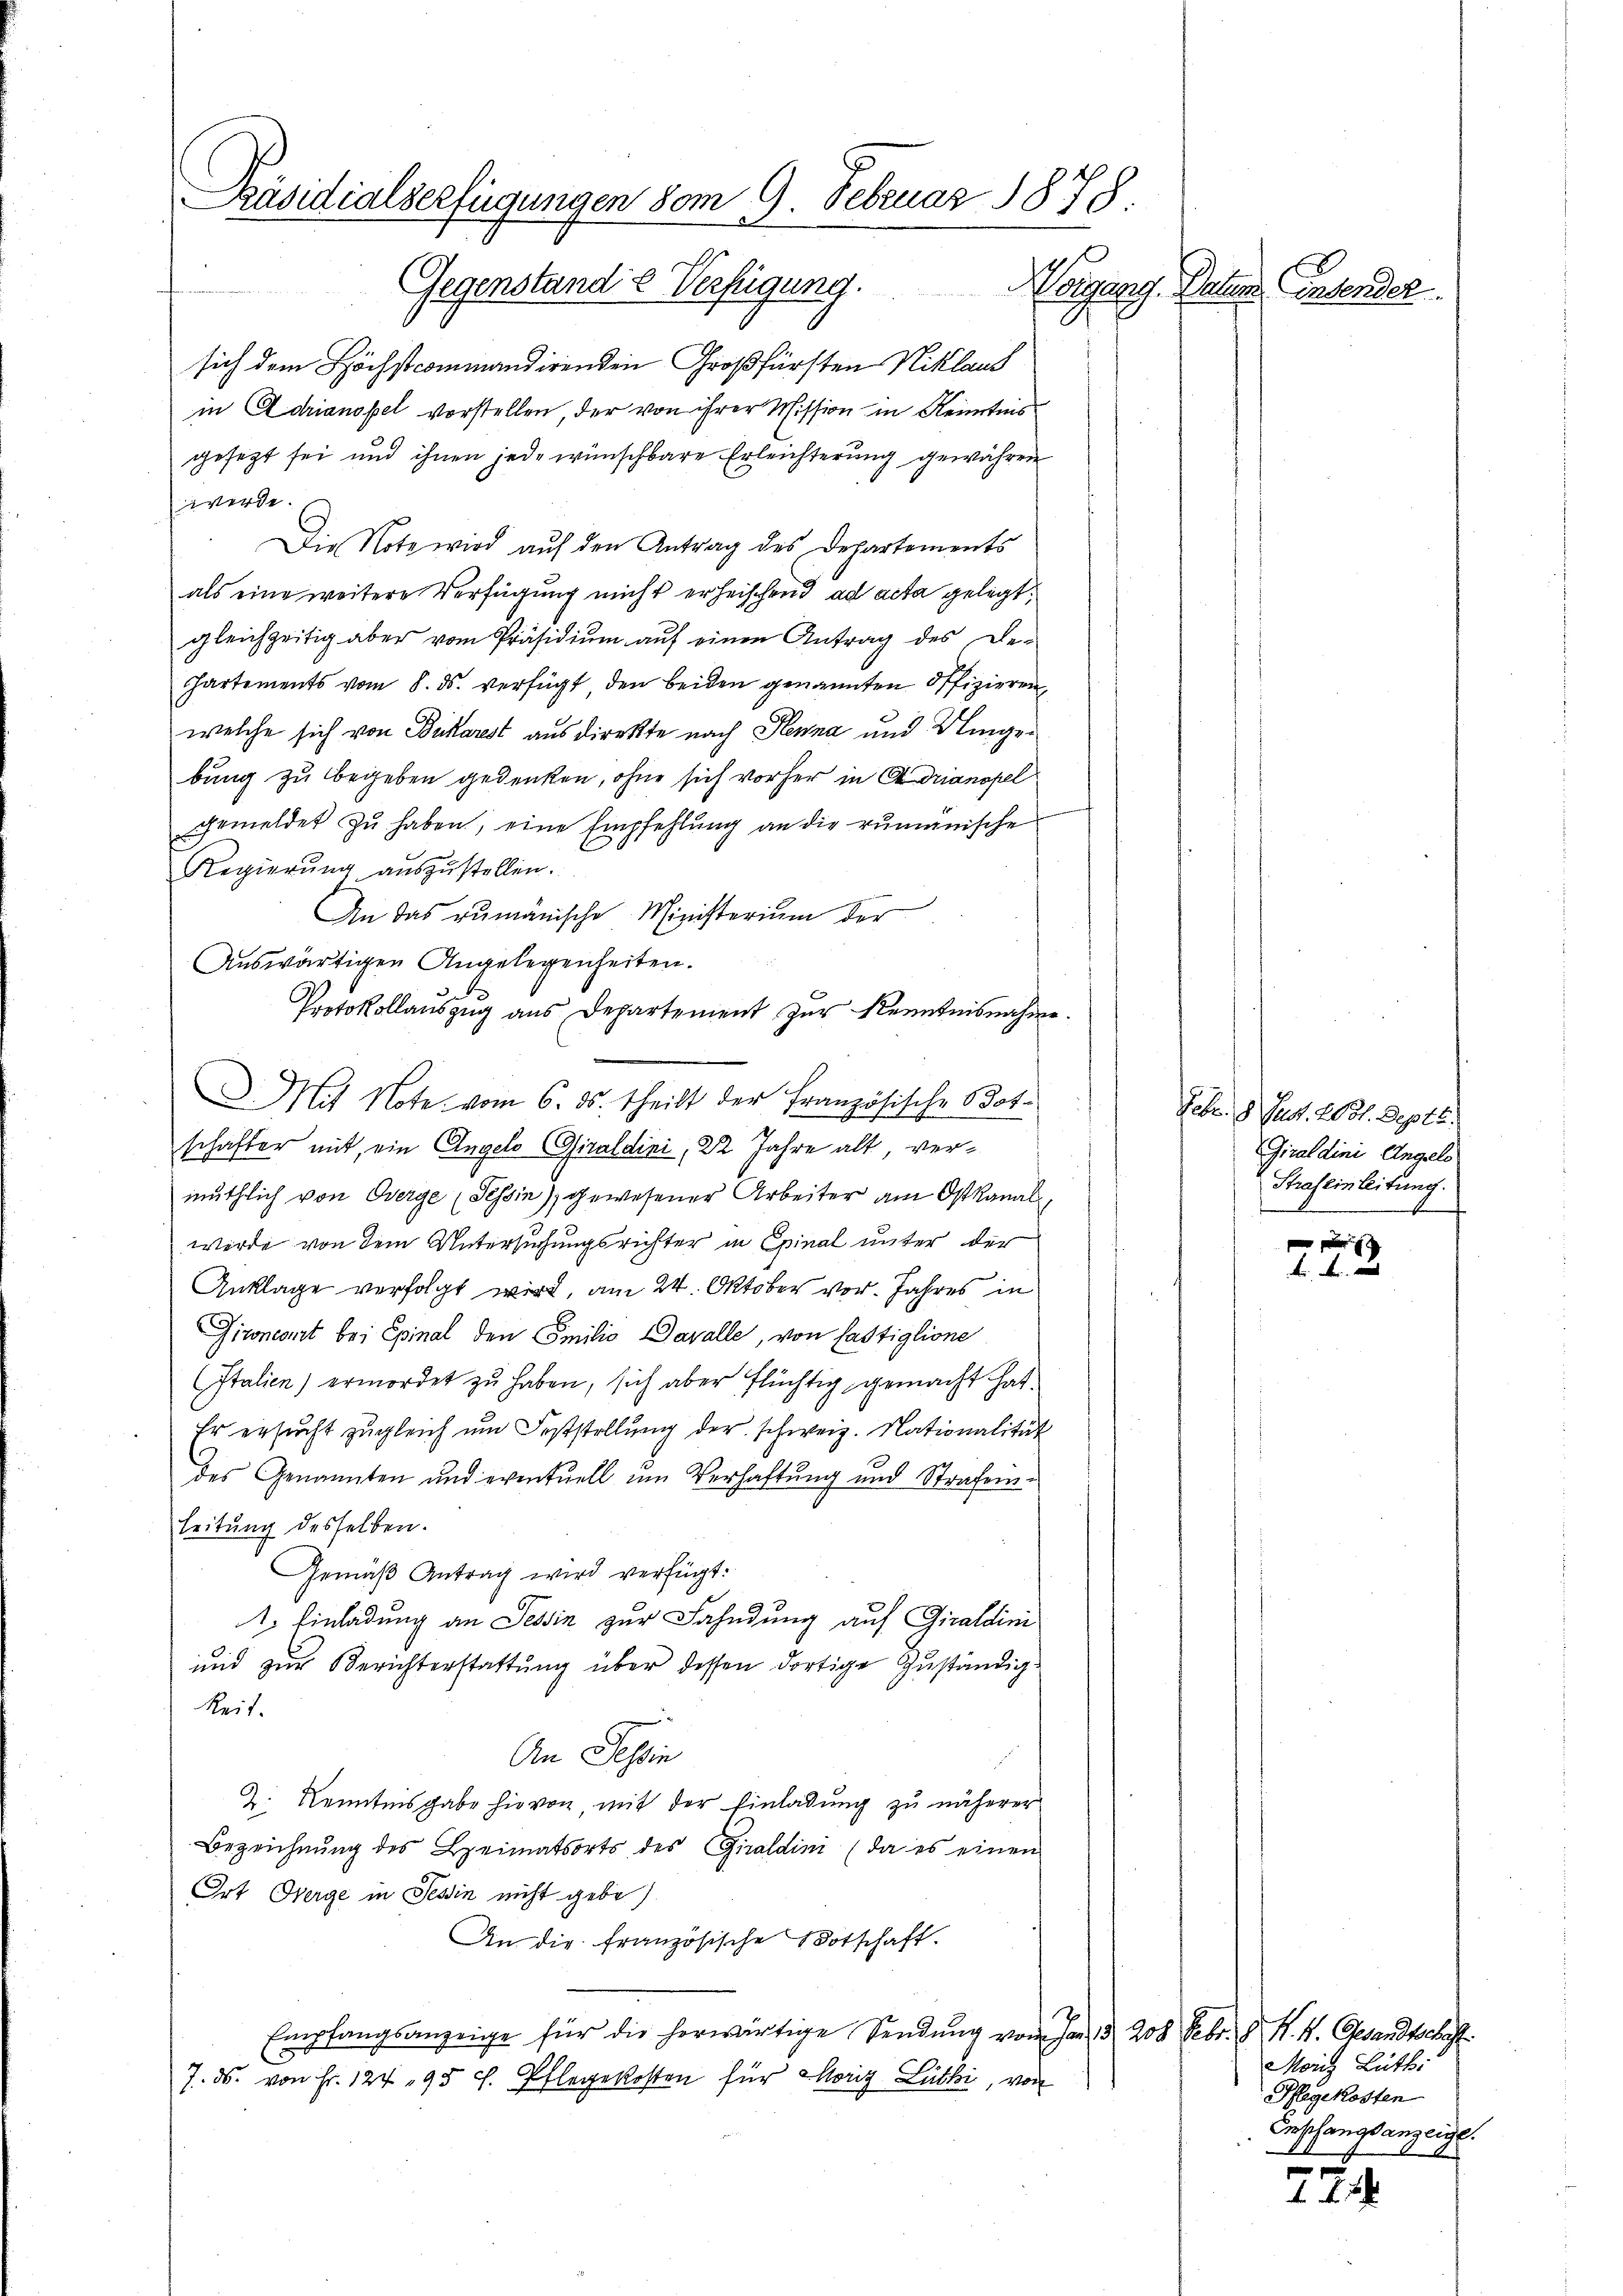
Präsidialserfügungen vom 9. Februar 1878
Gegenstande Verfügung.

sich dem Höchstcommandirenden Großfürsten Niklaus
in Adrianopel vorstellen, der von ihrer Mission in Kenntnis
gesezt sei und ihnen jede wünschbare Erleichterung gewähren
werde.
Die Note wird auf den Antrag des Departements
als eine weitere Verfügung nicht erheischend ad acta gelegt.
gleichzeitig aber vom Präsidiŭm aŭf einen Antrag des De-
Partements vom 8. ds. verfügt, den beiden genannten Offizieren,
welche sich von Bukarest aus direkte nach Penna und Klingebung zu begeben gedenken, ohne sich vorher in Adrianopel
gemeldet zu haben, eine Empfehlung an die rumänische
Regierŭng aŭszŭstellen.
An das zumänische Ministerium der
Auswärtigen Angelegenheiten.
Protokollauszug aus Departement zur Kenntnisnahme.
I. Mit Note vom 6. ds. theilt der Französische Botschafter mit, ein Angelo Giraldini, 22 Jahre alt, vermuthlich von Oberge (Tessin), gewesener Arbeiter am Ostkanalwerde von dem Untersuchungsrichter in Epinal unter der
Anklage verfolgt wird, am 24. Oktober vor. Jahres in
Gironcomt bei Epinal den Emilio Cavalle, von fastiglione
Italien) ermordet zu haben, sich aber flüchtig gemacht hat.
Er ersŭcht zugleich um Feststellŭng der schweiz. Nationalität
des Genannten und eventuell um Verhaftung und Strafenleitung desselben.
Gemäß Antrag wird verfügt:
1. Einladung an Tessin zur Fahndung auf Giraldini
und zur Berichterstattung über dessen dortige Zuständige
Reit.
An Tessin
Z. Kenntnisgabe hievon, mit der Einladung zu näherer
Bezeichnŭng des Heimatsorts des Giraldini (da es einen
Ort Oberge in Tessin nicht gebe
An die französische Botschaft.
Empfangsanzeige für die herwärtige Sendung vom Jan. 13. 208 Febr. d. R. V. Gesandtschaft
7. ds. von Fr. 124, 95 f. Pflegekosten für Moriz Luthi, von

Worgang. Daher Endender

Febr. 8. Just. 208. Sept.
Giraldini Angele
Strafeinleitung.

Monz Litt:
Pflegekosten
Empfangsanzeige.
4

774